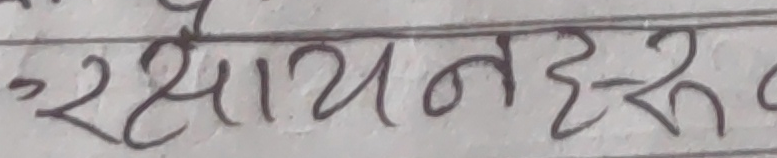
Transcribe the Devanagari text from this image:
रसायनहरू